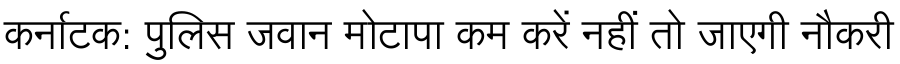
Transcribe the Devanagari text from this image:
कर्नाटक: पुलिस जवान मोटापा कम करें नहीं तो जाएगी नौकरी